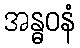
အန္ဓဝနံ